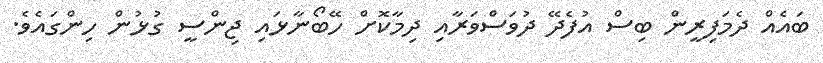
ބައެއް ދެމަފިރީން ބިސް އުފެދޭ ދުވަސްވަރާއި ދިމާކޮށް ހޭބޯނާޅައި ޖިންސީ ގުޅުން ހިންގައެވެ.